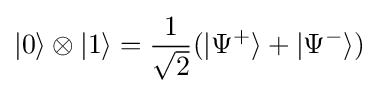
|0\rangle \otimes |1\rangle ={\frac {1}{\sqrt {2}}}(|\Psi ^{+}\rangle +|\Psi ^{-}\rangle )